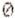
0